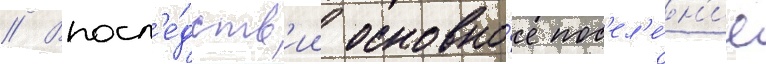
// Впосл'е́дств'ии основно́е пос'ел'е́н'ие